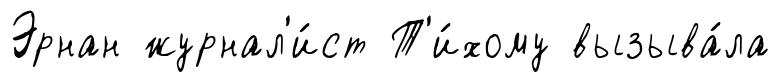
Эрнан журнал'и́ст Т'и́хому вызыва́ла